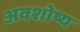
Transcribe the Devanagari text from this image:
अवशोष्य